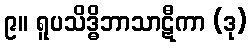
၉။ ရူပသိဒ္ဓိဘာသာဋီကာ (ဒု)